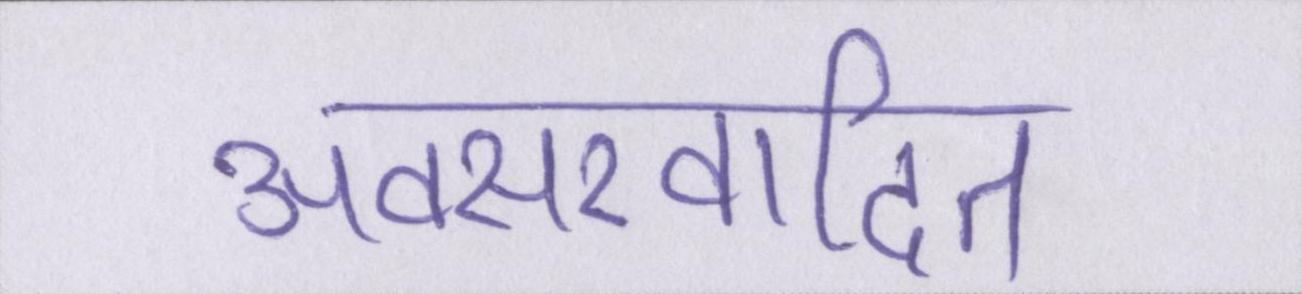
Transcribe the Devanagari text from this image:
अवसरवादित